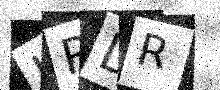
Text: KRDR